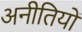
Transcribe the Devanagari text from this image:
अनीतियों